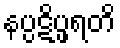
နပ္ပဋိပ္ဖရတိ